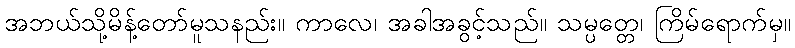
အဘယ်သို့မိန့်တော်မူသနည်း။ ကာလေ၊ အခါအခွင့်သည်။ သမ္ပတ္တေ၊ ကြိမ်ရောက်မှ။